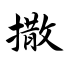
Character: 撒